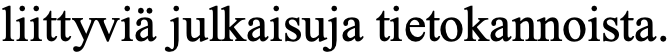
liittyviä julkaisuja tietokannoista.